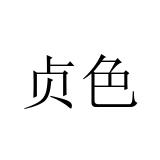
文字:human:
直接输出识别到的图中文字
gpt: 贞色